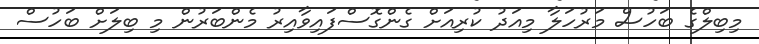
މިބިލްގެ ބަހުސް މަރުހަލާ މިއަދު ކުރިއަށް ގެންގޮސްފައިވާއިރު މެންބަރުން މި ބިލަށް ބަހުސް